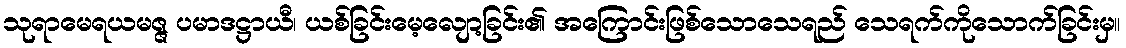
သုရာမေရယမဇ္ဇ ပမာဒဋ္ဌာယီ၊ ယစ်ခြင်းမေ့လျော့ခြင်း၏ အကြောင်းဖြစ်သောသေရည် သေရက်ကိုသောက်ခြင်းမှ။